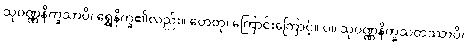
သုဝဏ္ဏနိက္ခသာပိ၊ ရွှေနိက္ခ၏လည်း။ ဟေတု၊ ကြောင်းကြောင့်။ ပ။ သုဝဏ္ဏနိက္ခသတဿာပိ၊